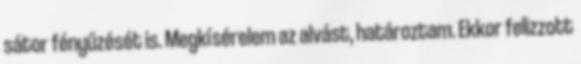
sátor fényűzését is. Megkísérelem az alvást, határoztam. Ekkor felizzott